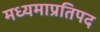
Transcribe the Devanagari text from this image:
मध्यमाप्रतिपद